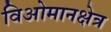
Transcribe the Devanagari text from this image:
विओमानक्षेत्र